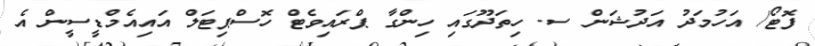
ފޮޓޯ/ އަހުމަދު އަދުޝަން ސ. ހިތަދޫގައި ހިންގާ ޕްރައިވެޓް ހޮސްޕިޓަލް އައިއެމްޑީސީން އެ